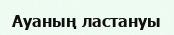
Ауаның ластануы